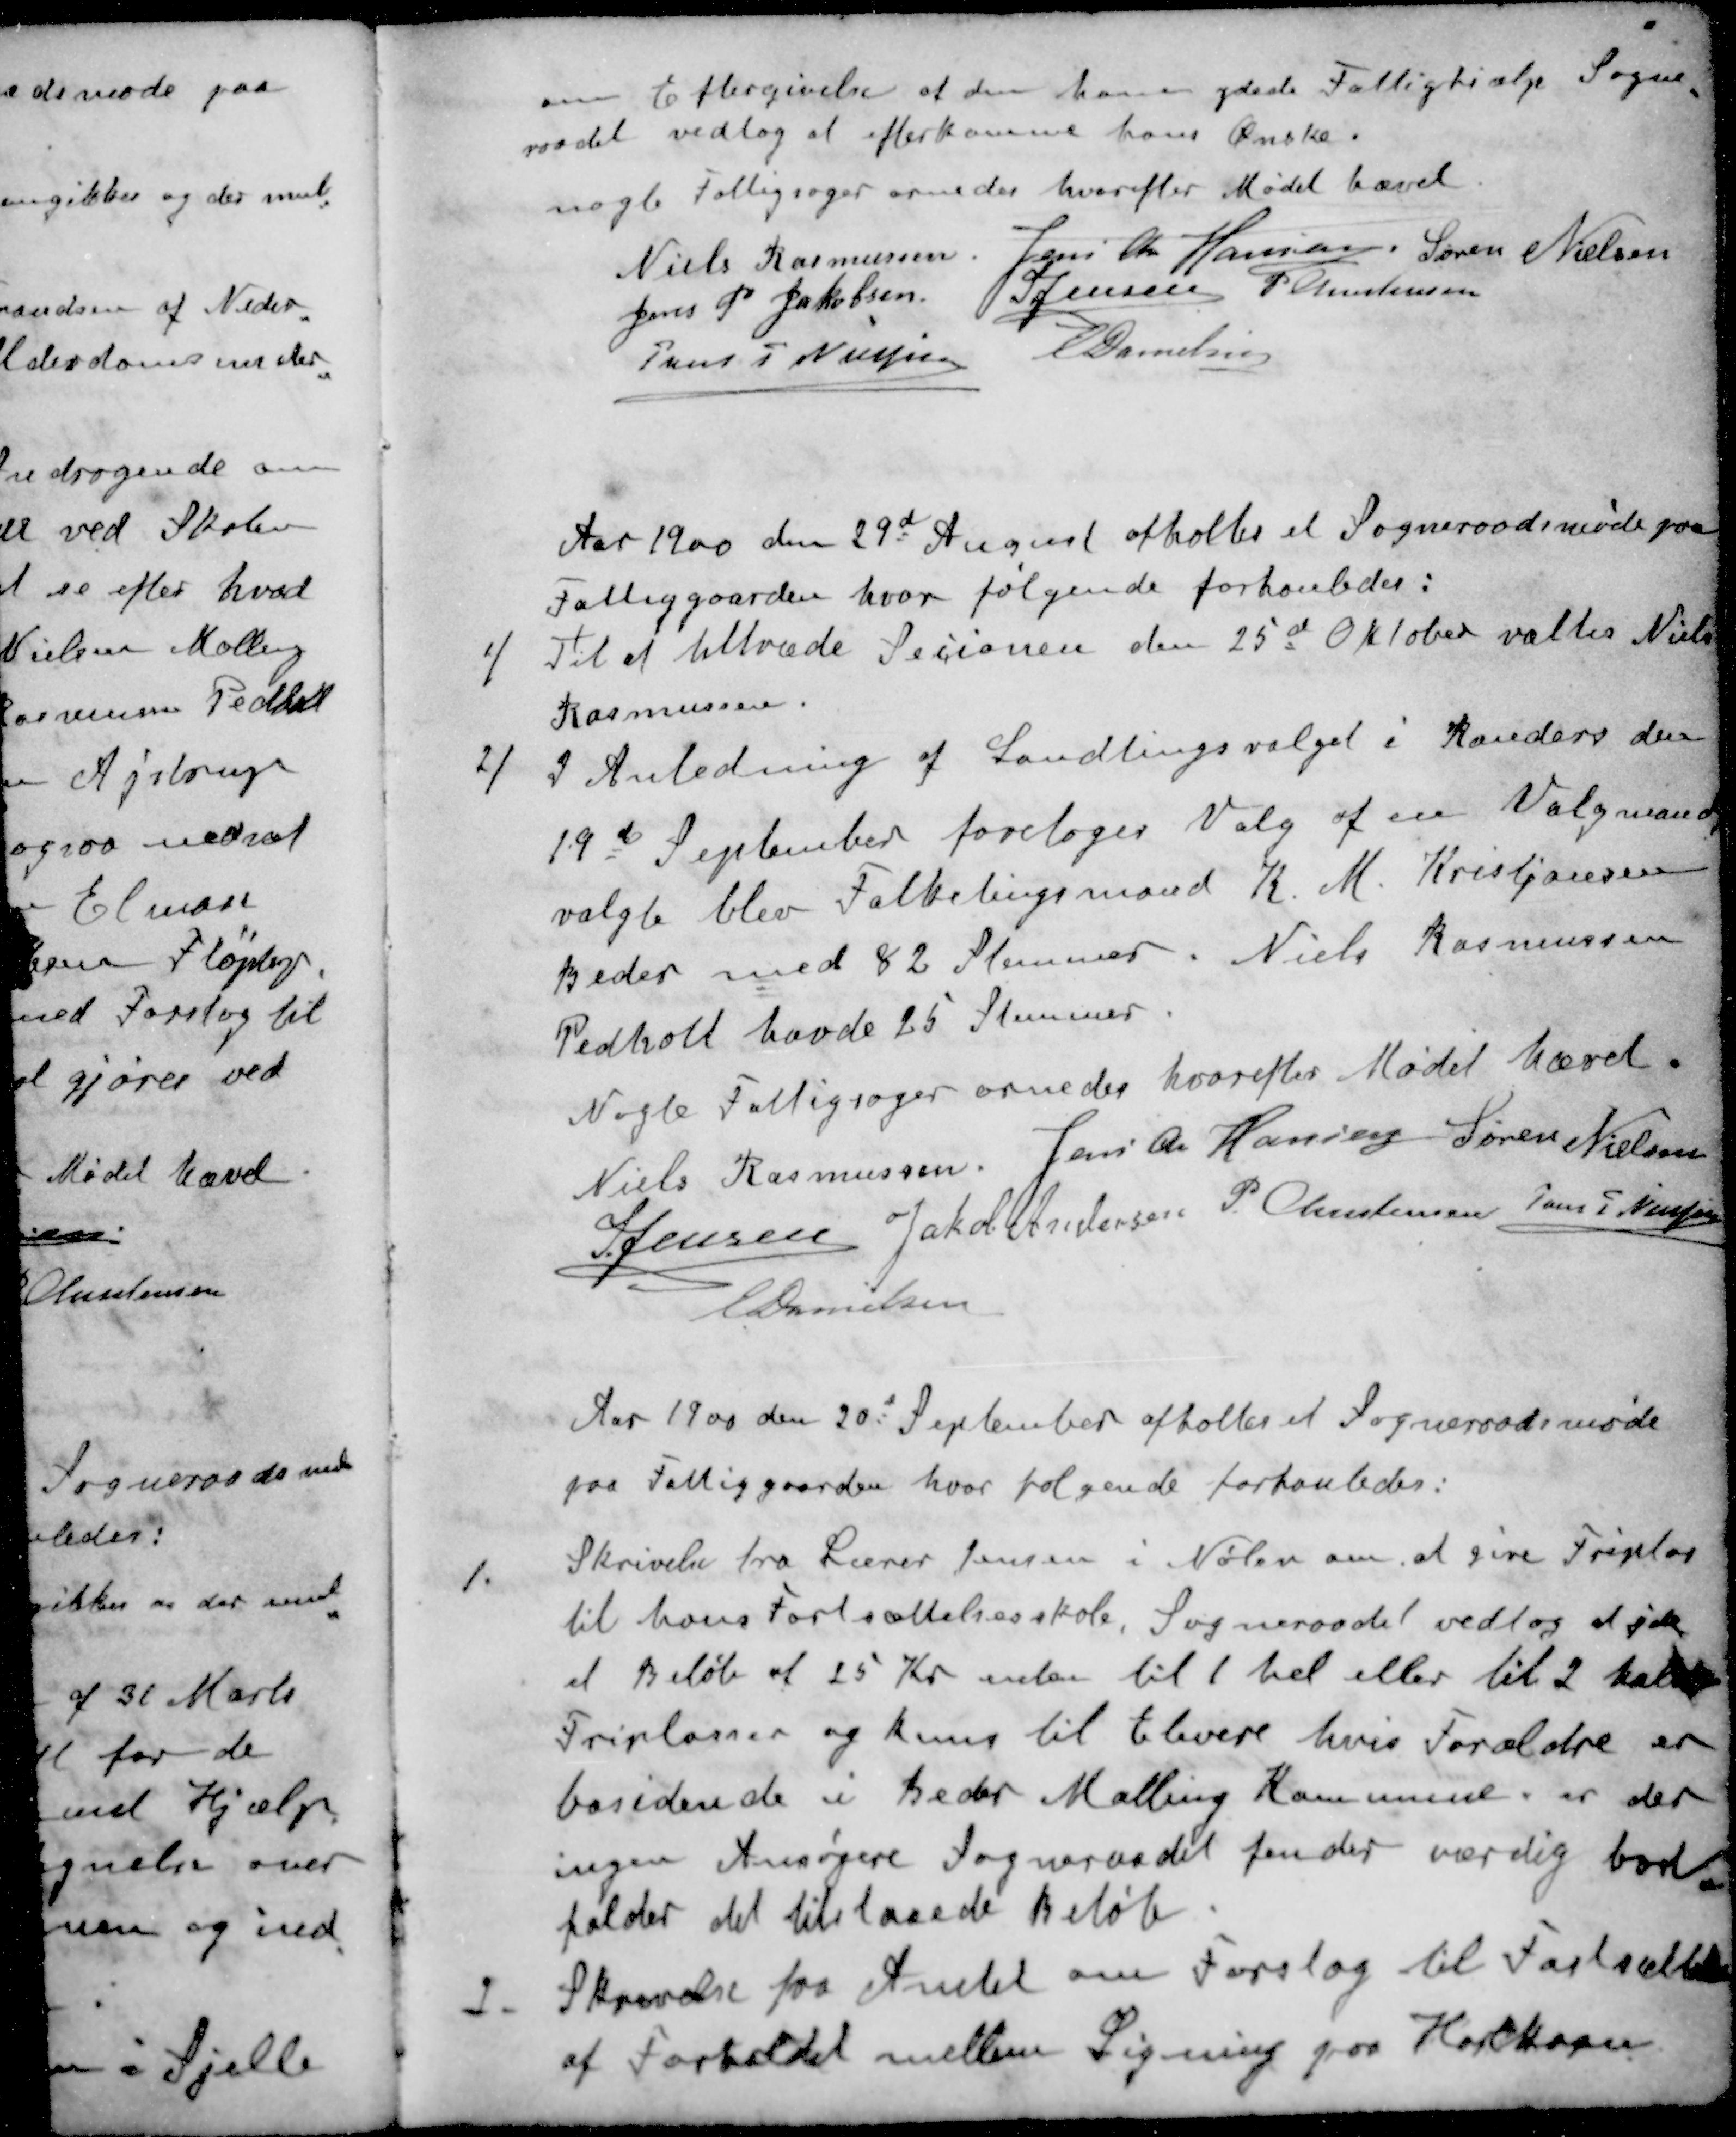
Transskription:
om Eftergivelse af den ham ydede Fattighjælp Sogne
raadet vedtog at efterkomme hans Ønske.
nogle Fattigsager ornedes hvorefter Mødet hævet
Niels Rasmussen
Jens Chr Hansen
Søren Nielsen
Jens P. Jakobsen
S Jensen
P Christensen
Jens J Nielsen
E Danielsen
Aar 1900 den 29d August afholtes et Sogneraadsmøde paa
Fattiggaarden hvor følgende forhanledes:
1 / Til at tiltræde Sessionen den 25d Oktober valtes Niels
Rasmussen
2 / I Anledning af Landtingsvalget i Randers den
19d September foretoges Valg af en Valgmand
valgte blev Folkelingsmand K. M. Kristjansen
Beder med 82 Stemmer. Niels Rasmussen
Pedholt havde 25 Stemmer.
Nogle Fattigsager ornedes hvorefter Mødet hævet
Niels Rasmussen
Jens Chr Hansen
Søren Nielsen
S Jensen
Jakob Andersen
P Christensen
Jens J. Nielsen
E Danielsen
Aar 1900 den 20d September afholtes et Sogneraadsmøde
paa Fattiggaarden hvor følgende forhanledes:
1. Skrivelse fra Lærer Jensen i Nølev om at give Friplas
til hans Fortsættelsesskole. Sogneraadet vedtog at yde
et Beløb af 25 Kr inden til 1 hel eller til 2 halve
Friplasser og kuns til Elever hvis Forældre er
bosidende i Beder Malling Kommune er der
ingen Ansøgere Sogneraadet finder værdig bort
falder det tilstaaede Beløb
2. Skrivelse fra Amtet om Forslag til Fastsættelse
af Forholdet mellem Ligning paa Hartkorn